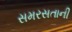
સમરસતાની